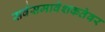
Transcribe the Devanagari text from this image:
सर्वसमावेशकतेवर